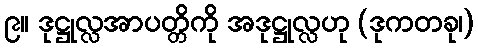
၉။ ဒုဋ္ဌုလ္လအာပတ္တိကို အဒုဋ္ဌုလ္လဟု (ဒုကတခု၊)